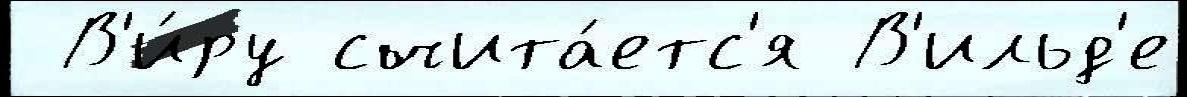
 В'и́ру счита́етс'я В'ильд'е